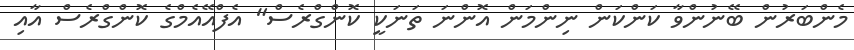
މެންބަރުން ބޭނުންވާ ކަންކަން ނިންމަން އޮންނަ ތަނަކީ ކޮންގްރެސް" އެފްއޭއެމްގެ ކޮންގްރެސް އާއި